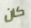
كان